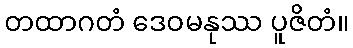
တထာဂတံ ဒေဝမနုဿ ပူဇိတံ။